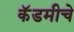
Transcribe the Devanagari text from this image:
कॅडमीचे